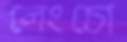
লেংচো